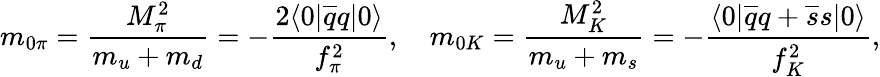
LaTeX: m_{0\pi}=\frac{M_{\pi}^{2}}{m_{u}+m_{d}}=-\frac{2\langle 0|\overline{{{q}}}q|0\rangle}{f_{\pi}^{2}},\quad m_{0K}=\frac{M_{K}^{2}}{m_{u}+m_{s}}=-\frac{\langle 0|\overline{{{q}}}q+\overline{{{s}}}s|0\rangle}{f_{K}^{2}},